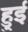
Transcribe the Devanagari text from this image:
हुुई